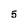
Character: 5